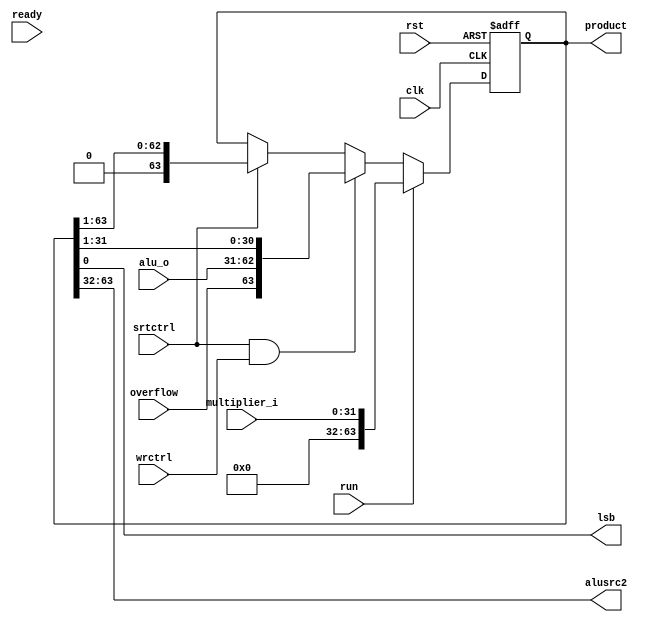
module product(product,overflow,alu_o,wrctrl,rst,run,lsb,ready,alusrc2,multiplier_i,srtctrl,clk);
input clk,rst,srtctrl,wrctrl,ready,overflow,run;
input [31:0]multiplier_i;
input [31:0]alu_o;
output reg [63:0]product;
output reg[31:0]alusrc2;
output reg lsb;

always@(posedge clk,posedge rst)
begin
if(rst)
begin
	product=0;
end
else if(run)
product<={32'b0000_0000_0000_0000_0000_0000_0000_0000,multiplier_i};
else if(srtctrl&&wrctrl)
begin
	product<={overflow,alu_o,product[31:1]};
end
else if(srtctrl)
 begin
 product <=product>>1;
 end

end 
always@(product)
begin
alusrc2<=product[63:32];
lsb<=product[0];
end

endmodule